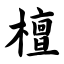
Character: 檀